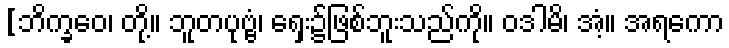
[ဘိက္ခဝေ၊ တို့။ ဘူတပုဗ္ဗံ၊ ရှေး၌ဖြစ်ဘူးသည်ကို။ ဝဒါမိ၊ အံ့။ အရကော